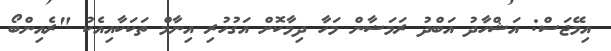
އިމޭޖަސް: އަޝްހާދު އަބްދު ރަމަޟާން މަހާ ދިމާކޮށް އަގުހުރި އިނާމް ތަކަކާއިއެކު "ރެއިންބޯ